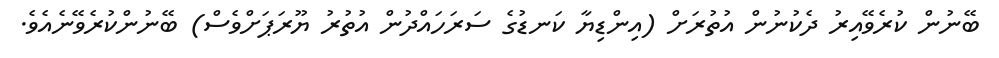
ބޭނުން ކުރެވޭއިރު ދެކުނުން އުތުރަށް (އިންޑިޔާ ކަނޑުގެ ސަރަހައްދުން އުތުރު ޔޫރަޕަށްވެސް) ބޭނުންކުރެވޭނެއެވެ.